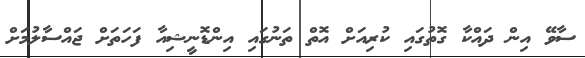
ސާވޭ އިން ދައްކާ ގޮތުގައި ކުރިއަށް އޮތް ތަނުގައި އިންޑޮނީޝިއާ ފަަހަތަށް ޖައްސާލުމަށް